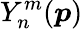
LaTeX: Y_{n}^{m}(\boldsymbol{p})